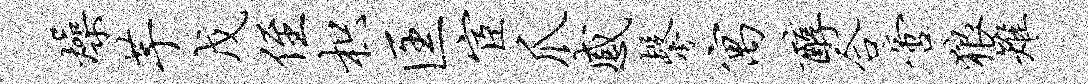
燥芋戊侄枳匡宦爪感馨寓醇合啻狼雉